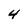
Character: 4